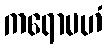
ကရောမဟံ